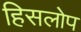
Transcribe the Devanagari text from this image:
हिसलोप